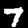
Label: 7